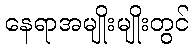
နေရာအမျိုးမျိုးတွင်